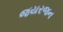
જયરજન